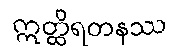
ဣတ္ထိရတနဿ